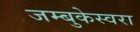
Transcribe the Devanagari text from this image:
जम्बुकेस्वरा